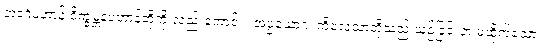
တဒင်္ဂပဟာန် ဝိက္ခမ္ဘနပဟာန်တို့ကို လည်းကောင်း။ အပ္ပယောဂံ၊ ကိလေသာတို့သည် ယှဉ်ခြင်းငှာ မထိုက်သော။